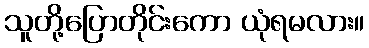
သူတို့ပြောတိုင်းကော ယုံရမလား။